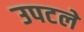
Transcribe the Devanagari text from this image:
उपटले